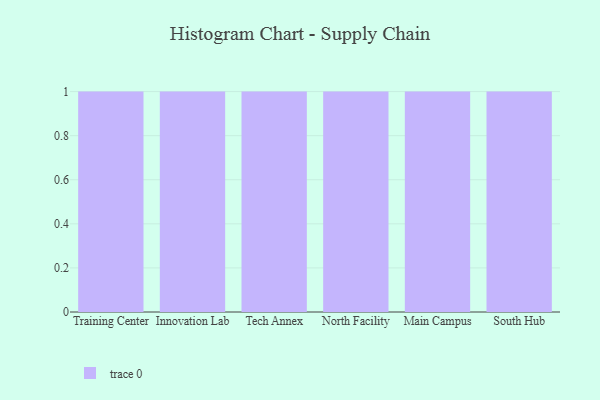
{"axis": {"x": "Campus", "y": "Budget (USD K)"}, "legend": [""], "data": [{"x": "Training Center", "y": 85, "type": ""}, {"x": "Innovation Lab", "y": 42, "type": ""}, {"x": "Tech Annex", "y": 8, "type": ""}, {"x": "North Facility", "y": 59, "type": ""}, {"x": "Main Campus", "y": 38, "type": ""}, {"x": "South Hub", "y": 60, "type": ""}]}